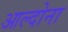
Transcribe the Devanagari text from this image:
आल्दोना